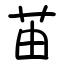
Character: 苖